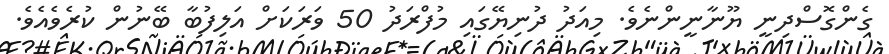
ގެންގޮސްދިނީ ޔޫނާނީންނެވެ. މިއަދު ދުނިޔޭގައި މުފްރަދު 50 ވަރަކަށް އަލިފުބާ ބޭނުން ކުރެވެއެވެ.